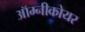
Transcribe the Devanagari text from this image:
ऑम्नीकोयर